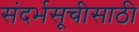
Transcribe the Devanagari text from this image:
संदर्भसूचीसाठी